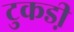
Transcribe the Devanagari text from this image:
टुकडी़